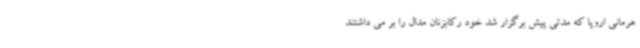
هرمانی اروپا که مدتی پیش برگزار شد خود رکابزنان مدال را بر می داشتند